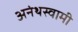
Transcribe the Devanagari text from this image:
अनंथस्वामी